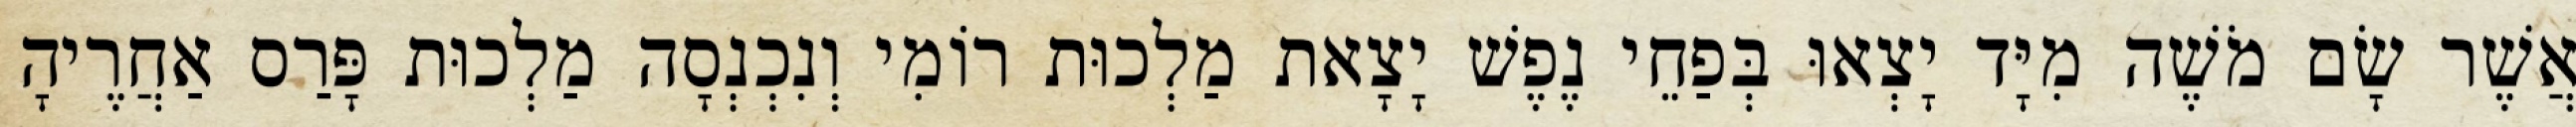
אֲשֶׁר שָׂם מֹשֶׁה מִיָּד יָצְאוּ בְּפַחֵי נֶפֶשׁ יָצָאת מַלְכוּת רוֹמִי וְנִכְנְסָה מַלְכוּת פָּרַס אַחֲרֶיהָ